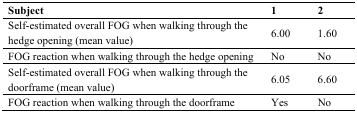
<table><thead><tr><td><b>Subject</b></td><td><b>1</b></td><td><b>2</b></td></tr></thead><tbody><tr><td>Self-estimated overall FOG when walking through the hedge opening (mean value)</td><td>6.00</td><td>1.60</td></tr><tr><td>FOG reaction when walking through the hedge opening</td><td>No</td><td>No</td></tr><tr><td>Self-estimated overall FOG when walking through the doorframe (mean value)</td><td>6.05</td><td>6.60</td></tr><tr><td>FOG reaction when walking through the doorframe</td><td>Yes</td><td>No</td></tr></tbody></table>